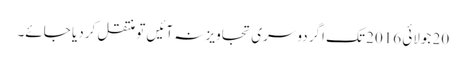
20 جولائی 2016 تک اگر دوسری تجاویز نہ آئیں تو منتقل کر دیا جائے۔